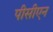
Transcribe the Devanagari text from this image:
पीसीएन